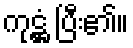
ကုဋ္ဌံ ပြီး၏။